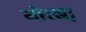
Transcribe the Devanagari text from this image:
गोरखा़